Civil Veterinary Dept. Bombay admin report 1914-1922 - 1914-1922
Year: 1914
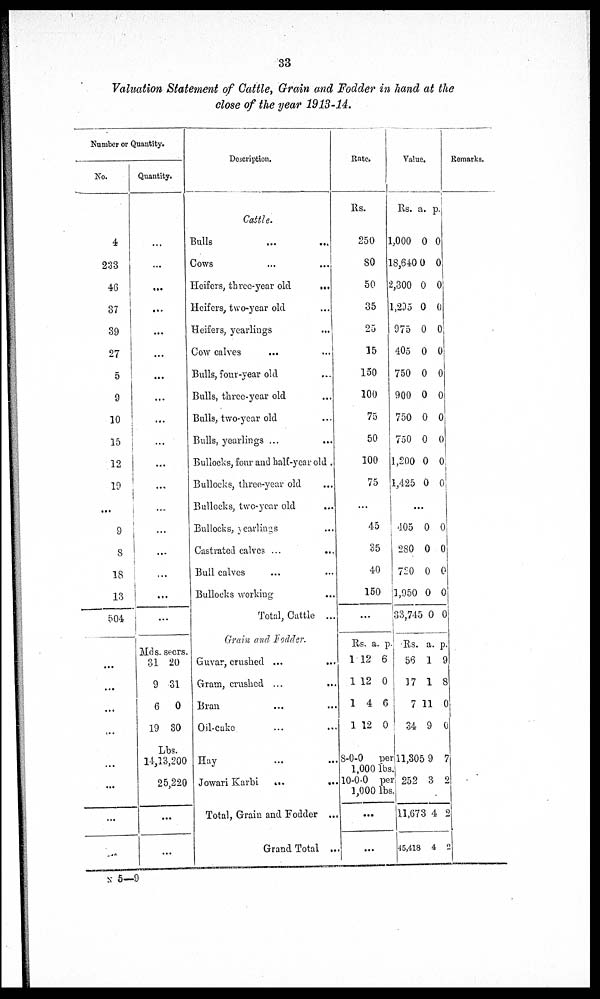
33
Valuation Statement of Cattle, Grain and Fodder in hand at the
close of the year 1913-14.
Number or Quantity.
No.
4
233
46
37
39
27
5
9
10
15
12
19
...
9
8
18
13
504
...
...
...
...
...
...
...
...
...
Quantity.
...
...
...
...
...
...
...
...
...
...
...
...
...
...
...
...
...
...
Mds.
31
9
6
19
seers.
20
31
0
30
Lbs.
14,13,200
25,220
...
...
Description.
Cattle.
Bulls ... ...
Cows ... ...
Heifers, three-year old
...
Heifers, two-year old ...
Heifers, yearlings ...
Cow calves ... ...
Bulls, four-year old ...
Bulls, three-year old ...
Bulls, two-year old ...
Bulls, yearlings ... ...
Bullocks, four and half-year old .
Bullocks, three-year old ...
Bullocks, two-year old ...
Bullocks, yearlings ...
Castrated calves ...
...
Bull calves ... ...
Bullocks working ...
Total, Cattle ...
Grain and Fodder.
Guvar, crushed ... ...
Gram, crushed ...
...
Bran ... ...
Oil-cake ... ...
Hay ... ...
Jowari Karbi
...
...
Total, Grain and Fodder ...
Grand Total ...
Rate
Rs.
250
80
50
35
25
15
150
100
75
50
100
75
...
45
35
40
150
...
Rs.
1
1
1
1
a.
12
2
4
12
p.
6
0
6
0
8-0-0 per
1,000 lbs
10-0-0per
1,000 lbs
...
...
Value.
Rs.
1,000
18,640
2,300
1,295
975
405
750
900
750
750
1,200
1,425
a.
0
0
0
0
0
0
0
0
0
0
0
0
p.
0
0
0
0
0
0
0
0
0
0
0
0
...
405
280
720
1,950
33,745
Rs.
56
17
7 1
34
11,305
252
11,673
45,418
0
0
0
0
0
a.
1
1
1
9
9
3
4
4
0
0
0
0
0
p.
9
8
0
0
7
2
2
2
Remarks.
N 5—9